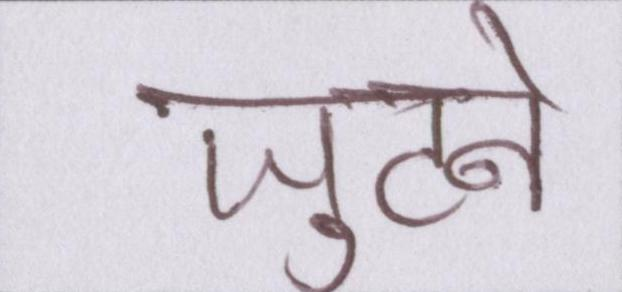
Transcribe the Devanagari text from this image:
जुटने